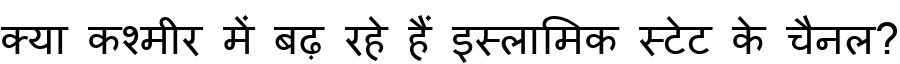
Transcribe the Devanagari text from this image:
क्या कश्मीर में बढ़ रहे हैं इस्लामिक स्टेट के चैनल?